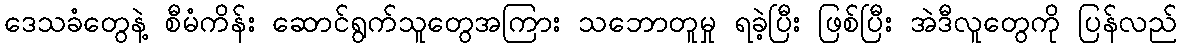
ဒေသခံတွေနဲ့ စီမံကိန်း ဆောင်ရွက်သူတွေအကြား သဘောတူမှု ရခဲ့ပြီး ဖြစ်ပြီး အဲဒီလူတွေကို ပြန်လည်